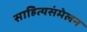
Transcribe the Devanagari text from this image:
साहित्यसंमेलन